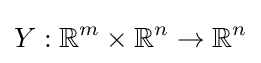
Y:\mathbb {R} ^{m}\times \mathbb {R} ^{n}\to \mathbb {R} ^{n}